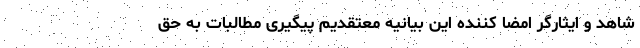
شاهد و ایثارگر امضا کننده این بیانیه معتقدیم پیگیری مطالبات به حق